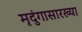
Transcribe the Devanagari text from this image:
मृदुंगासारख्या